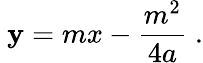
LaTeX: \ \mathbf{y}=mx-{\frac{{m^{2}}}{{4a}}}\; .